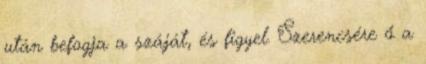
után befogja a száját, és figyel. Szerencsére ő a